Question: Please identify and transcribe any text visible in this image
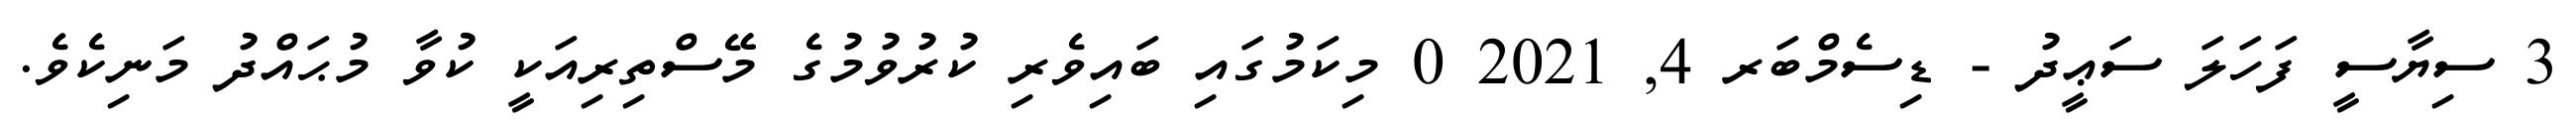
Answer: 3 ސިޔާސީ ފަހަލަ ސަޢީދު - ޑިސެމްބަރ 4, 2021 0 މިކަމުގައި ބައިވެރި ކުރުވުމުގެ މޭސްތިރިއަކީ ކުވާ މުޙައްދު މަނިކެވެ.